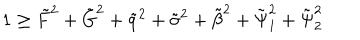
LaTeX: 1 \geq \tilde { F } ^ { 2 } + \tilde { G } ^ { 2 } + \tilde { q } ^ { 2 } + \tilde { \sigma } ^ { 2 } + \tilde { \beta } ^ { 2 } + \tilde { \Psi } _ { 1 } ^ { 2 } + \tilde { \Psi } _ { 2 } ^ { 2 }